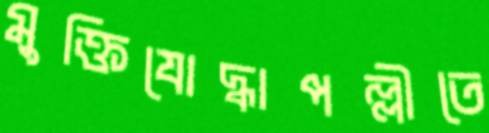
মুক্তিযোদ্ধাপল্লীতে